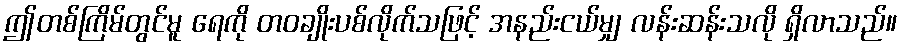
ဤတစ်ကြိမ်တွင်မူ ရေကို တဝချိုးပစ်လိုက်သဖြင့် အနည်းငယ်မျှ လန်းဆန်းသလို ရှိလာသည်။